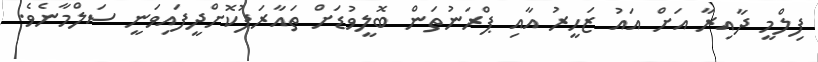
ފިލްމީ ދާއިރާ އަށް އައު ޒަހީރު އާއި ޕްރަނުތަން ބޮލީވުޑަށް ތައާރަފުކޮށްދީފައިވަނީ ސަލްމާނެވެ.